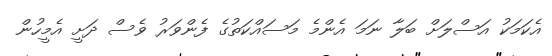
އެކަމަކު އަސްލަށް ބަލާ ނަމަ އެންމެ މަސައްކަތުގެ ފެންވަރު ވެސް ދަށީ އެމީހުން